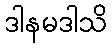
ဒါနမဒါသိ